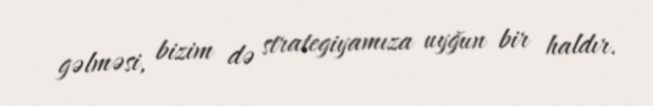
gəlməsi, bizim də strategiyamıza uyğun bir haldır.